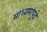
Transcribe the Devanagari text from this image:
माध्यमांपुढे